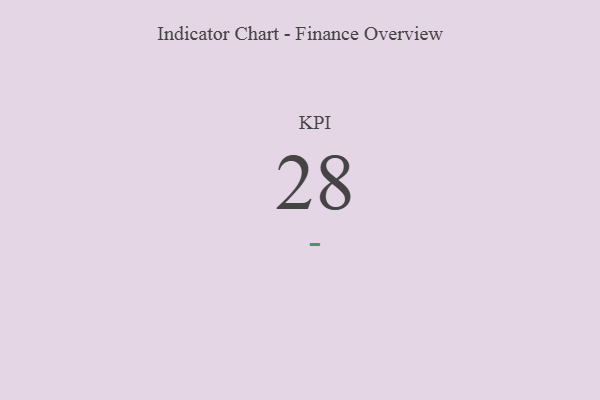
{"axis": {"x": "KPI", "y": "Value"}, "legend": [""], "data": [{"x": "KPI", "y": 28, "type": ""}]}